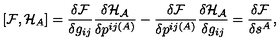
[ { \cal F } , { \cal H } _ { A } ] = \frac { \delta { \cal F } } { \delta g _ { i j } } \frac { \delta { \cal H _ { A } } } { \delta p ^ { i j ( A ) } } - \frac { \delta { \cal F } } { \delta p ^ { i j ( A ) } } \frac { \delta { \cal H _ { A } } } { \delta g _ { i j } } = \frac { \delta { \cal F } } { \delta s ^ { A } } ,